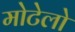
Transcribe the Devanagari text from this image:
मोटेलो